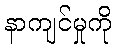
နာကျင်မှုကို